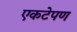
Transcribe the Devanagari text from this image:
एकटेपण